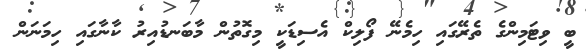
ބީ ވިޓަމިންގެ ތެރޭގައި ހިމެނޭ ފޯލިކް އެސިޑަކީ މިގޮތުން މާބަނޑުއިރު ކާނާގައި ހިމަނަން